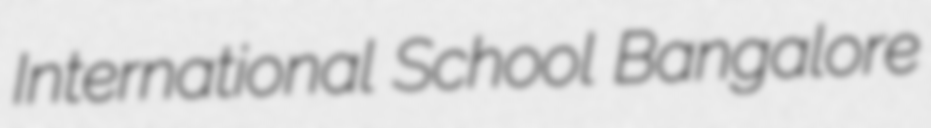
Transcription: International School Bangalore